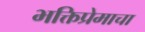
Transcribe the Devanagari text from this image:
भक्तिप्रेमाचा